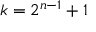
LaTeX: k = 2 ^ { n - 1 } + 1